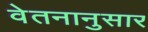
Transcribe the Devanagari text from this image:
वेतनानुसार